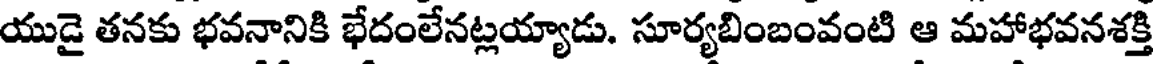
యుడై తనకు భవనానికి భేదంలేనట్లయ్యాడు. సూర్యబింబంవంటి ఆ మహాభవనశక్తి